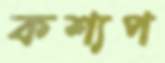
কশ্যপ